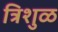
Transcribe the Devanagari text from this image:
त्रिशुळ